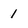
Character: 1